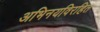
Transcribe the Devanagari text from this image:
अभिनयविरहित